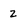
Character: 2